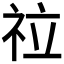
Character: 𥘸